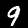
Digit: 9